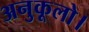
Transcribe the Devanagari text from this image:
अनुकूलो।